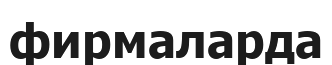
фирмаларда